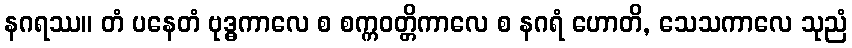
နဂရဿ။ တံ ပနေတံ ဗုဒ္ဓကာလေ စ စက္ကဝတ္တိကာလေ စ နဂရံ ဟောတိ, သေသကာလေ သုညံ